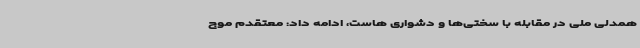
همدلی ملی در مقابله با سختی‌ها و دشواری هاست، ادامه داد: معتقدم موج